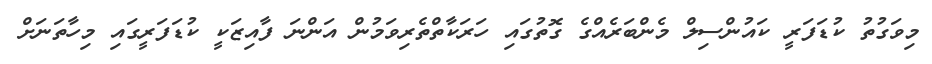
މިވަގުތު ކުޑަފަރީ ކައުންސިލް މެންބަރެއްގެ ގޮތުގައި ހަރަކާތްތެރިވަމުން އަންނަ ފާއިޒަކީ ކުޑަފަރީގައި މިހާތަނަށް